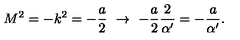
M ^ { 2 } = - k ^ { 2 } = - \frac { a } { 2 } \ \to \ - \frac { a } { 2 } \frac { 2 } { \alpha ^ { \prime } } = - \frac { a } { \alpha ^ { \prime } } .